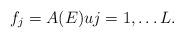
LaTeX: \begin{align*} f_j = A(E)u j = 1, \dots L. \end{align*}